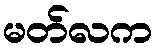
မတ်လက